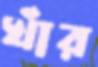
খাঁর